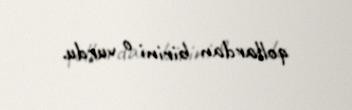
qollardan birini o vurdu.